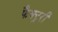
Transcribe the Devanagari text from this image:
फैक्ट्ररी